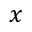
x